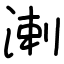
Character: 溂